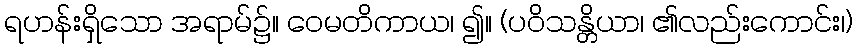
ရဟန်းရှိသော အရာမ်၌။ ဝေမတိကာယ၊ ၍။ (ပဝိသန္တိယာ၊ ၏လည်းကောင်း၊)